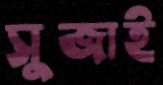
সুজাই